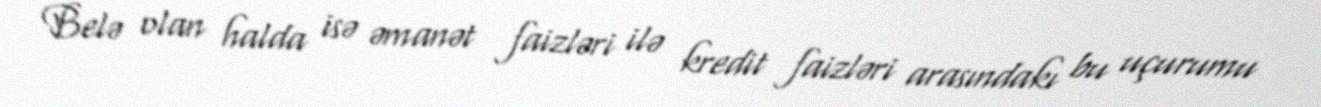
Belə olan halda isə əmanət faizləri ilə kredit faizləri arasındakı bu uçurumu